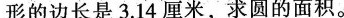
形的边长是3.14厘米，求圆的面积。